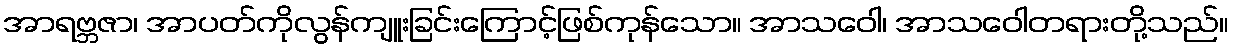
အာရဗ္ဘဇာ၊ အာပတ်ကိုလွန်ကျူးခြင်းကြောင့်ဖြစ်ကုန်သော။ အာသဝေါ၊ အာသဝေါတရားတို့သည်။